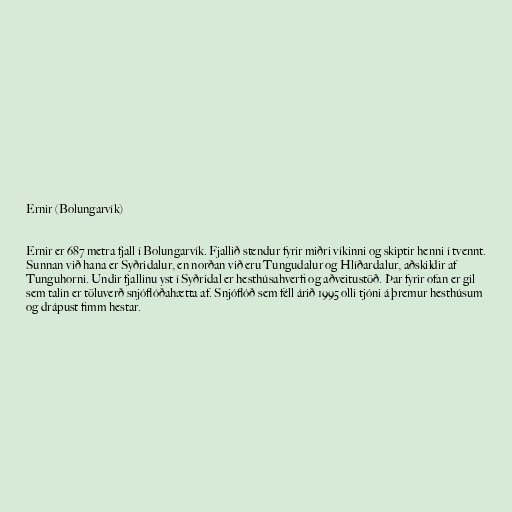
Ernir (Bolungarvík)

Ernir er 687 metra fjall í Bolungarvík. Fjallið stendur fyrir miðri víkinni og skiptir henni í tvennt.
Sunnan við hana er Syðridalur, en norðan við eru Tungudalur og Hlíðardalur, aðskildir af
Tunguhorni. Undir fjallinu yst í Syðridal er hesthúsahverfi og aðveitustöð. Þar fyrir ofan er gil
sem talin er töluverð snjóflóðahætta af. Snjóflóð sem féll árið 1995 olli tjóni á þremur hesthúsum
og drápust fimm hestar.